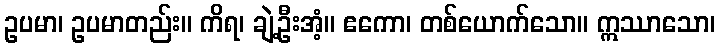
ဥပမာ၊ ဥပမာတည်း။ ကိရ၊ ချဲ့ဦးအံ့။ ဧကော၊ တစ်ယောက်သော။ ဣဿာသော၊